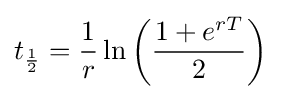
t_{\frac {1}{2}}={\frac {1}{r}}\ln \left({\frac {1+e^{rT}}{2}}\right)